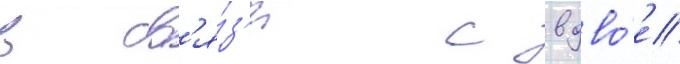
в св'я́з'и с вдво́е